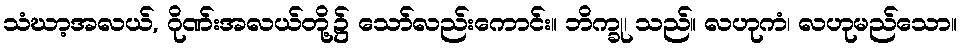
သံဃာ့အလယ်, ဂိုဏ်းအလယ်တို့၌ သော်လည်းကောင်း။ ဘိက္ခု၊ သည်။ လဟုကံ၊ လဟုမည်သော။